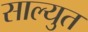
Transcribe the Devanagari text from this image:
साल्युत